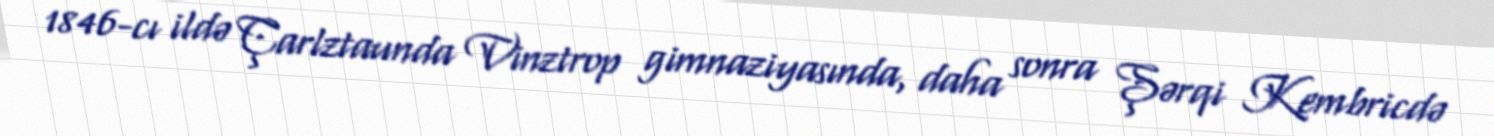
1846-cı ildə Çarlztaunda Vinztrop gimnaziyasında, daha sonra Şərqi Kembricdə